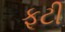
ફૂટી